Report on sanitation, dispensaries, and jails in Rajputana for 1912, and on vaccination for the year 1912-1913 - 1912-1913
Year: 1912
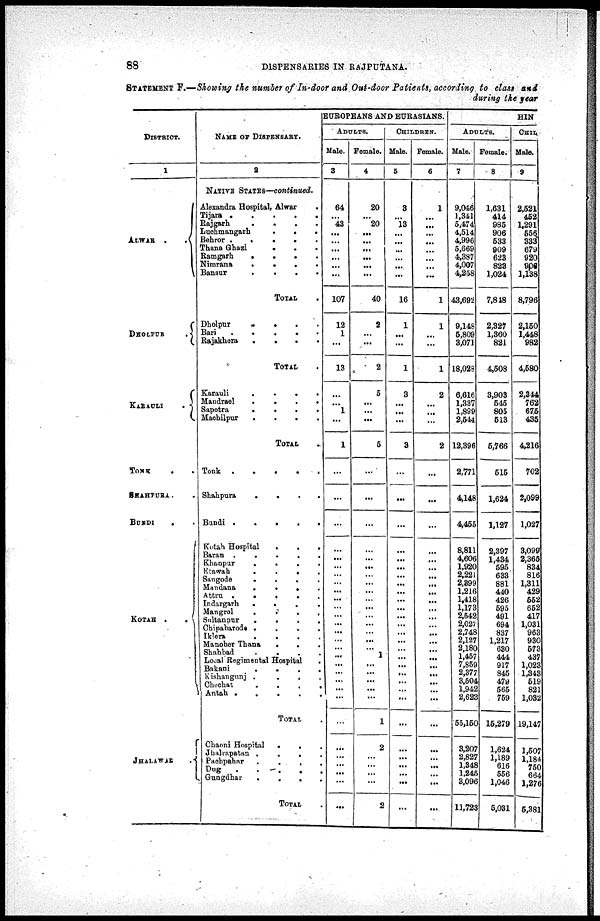
88
DISPENSARIES IN RAJPUTANA.
STATEMENT F.—Showing the number of In-door and Out-door Patients, according to class and
during the year
DISTRICT.
1
ALWAR .
DHOLPUR
.
KARAULI
.
TONK
.
.
SHAHPURA.
BUNDI
. .
KOTAH .
.
JHALAWAR .
NAME OF DISPENSARY.
2
NATIVE STATES—continued.
Alexandra Hospital, Alwar
.
Tijara .
.
.
.
.
Rajgarh
.
.
.
.
Luchmangarh
.
.
.
Behror .
.
.
.
.
Thana Ghazi
. . .
Ramgarh
.
.
.
Nimrana
.
.
.
Bansur . . . .
TOTAL .
Dholpur
.
.
. .
Bari .
.
.
. .
Rajakhera . . . .
TOTAL .
Karauli
.
.
.
.
Mandrael
.
.
.
.
Sapotra
.
.
.
.
Machilpur
.
.
.
.
TOTAL .
Tonk
.
.
.
.
.
Shahpura
.
.
.
.
Bandi .
.
.
.
.
Kotah Hospital
.
.
.
Baran
.
.
.
.
.
Khanpur
.
.
.
.
Etawah
.
.
.
.
Sangode
.
.
.
.
Mandana
.
.
.
Attru .
.
.
.
Indargarh
.
.
.
.
Mangrol
. . . .
Sultanpur
.
.
.
.
Chipabarode .
.
.
.
Iklera
.
.
.
.
Manoher Thana
.
.
.
Shahbad
.
.
.
.
Local Regimental Hospital .
Bakani
.
.
.
.
Kishangunj .
.
.
.
Chechat
.
.
.
.
Antah .
.
.
.
.
TOTAL .
Chaoni Hospital
.
.
Jhalrapatan .
.
.
.
Pachpahar
.
.
.
.
Dug
.
.
.
.
.
Gungdhar
.
.
.
.
TOTAL .
EUROPEANS AND EURASIANS.
ADULTS.
Male.
3
64
...
43
...
...
...
...
...
...
107
12
1
...
13
...
...
1
...
1
...
...
...
...
...
...
...
...
...
...
...
...
...
...
...
...
...
...
...
...
...
...
...
...
...
...
...
...
...
Female.
4
20
...
20
...
...
...
...
...
...
40
2
...
...
2
5
...
...
...
5
...
...
...
...
...
...
...
...
...
...
...
...
...
...
...
...
1
...
...
...
...
...
1
2
...
...
...
...
2
CHILDREN.
Male.
5
3
...
13
...
...
...
...
...
...
16
1
...
...
1
3
...
...
...
3
...
...
...
...
...
...
...
...
...
...
...
...
...
...
...
...
...
...
...
...
...
...
...
...
...
...
...
...
...
Female.
6
1
...
...
...
...
...
...
...
...
1
1
...
...
1
2
...
...
...
2
...
...
...
...
...
...
...
...
...
...
...
...
...
...
...
...
...
...
...
...
...
...
...
...
...
...
...
...
...
HIN
ADULTS.
Male.
7
9,046
1,311
5,474
4,514
4,996
5,669
4,387
4,007
4,258
43,692
9,148
5,809
3,071
18,028
6,616
1,337
1,899
2,544
12,396
2,771
4,148
4,455
8,811
4,606
1,920
2,221
2,399
1,216
1,418
1,173
2,5642
2,027
2,748
2,127
2,180
1,457
7,859
2,377
3,504
1,942
2,623
55,150
3,207
2,827
1,348
1,245
3,096
11,723
Female.
8
1,631
414
985
906
533
909
623
823
1,024
7,848
2,327
1,360
821
4,508
3,903
545
805
513
5,766
515
1,624
1,127
2,397
1,434
595
633
881
440
426
595
491
694
837
1,217
630
444
917
845
479
565
759
15,279
1,624
1,189
616
556
1,046
5,031
CHIL.
Male.
9
2,521
452
1,291
556
333
679
920
906
1,138
8,796
2,150
1,448
982
4,580
2,344
762
675
435
4,216
702
2,099
1,027
3,099
2,365
834
816
1,311
429
552
652
417
1,031
963
930
573
437
1,023
1,343
519
821
1,032
19,147
1,507
1,184
750
664
1,276
5,381